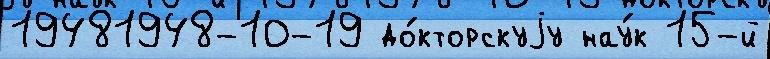
19481948-10-19 до́кторскуjу нау́к 15-й